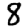
Digit: 8